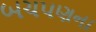
બચપણના